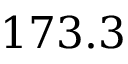
1 7 3 . 3